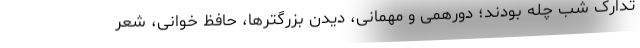
تدارک شب چله بودند؛ دورهمی و مهمانی، دیدن بزرگترها، حافظ خوانی، شعر